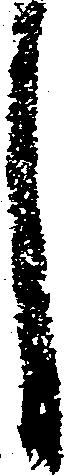
し